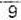
9